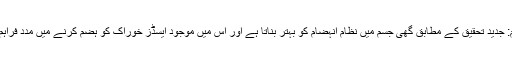
نظام انہضام: جدید تحقیق کے مطابق گھی جسم میں نظام انہضام کو بہتر بناتا ہے اور اس میں موجود ایسڈز خوراک کو ہضم کرنے میں مدد فراہم کرتے ہیں۔